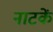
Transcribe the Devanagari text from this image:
नाटकें